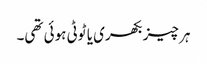
ہر چیز بکھری یا ٹوٹی ہوئی تھی۔